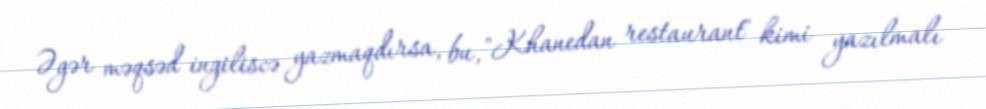
Əgər məqsəd ingiliscə yazmaqdırsa, bu, "Khanedan restaurant" kimi yazılmalı